Civil Veterinary Department Bengal reports 1923-33 - 1923-1933
Year: 1923
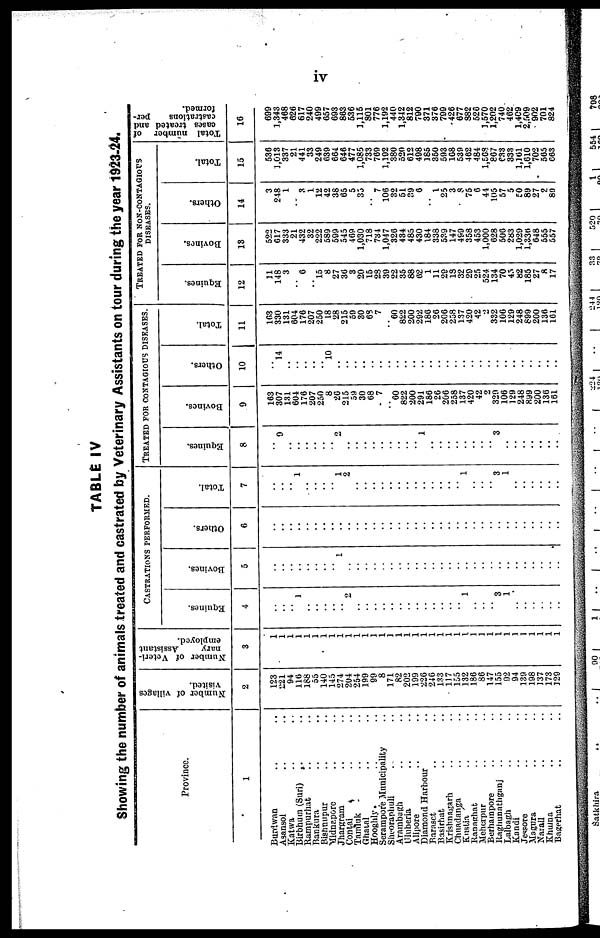
iv
TABLE IV
Showing the number of animals treated and castrated by Veterinary Assistants on tour during the year 1923-24.
Province.
1
Burdwan ..
Asansol ..
Katwa ..
Birbhum (Suri) ..
Rampurhat ..
Bankura ..
Bishnupur ..
Midnapore ..
Jhargram ..
Contai ..
Tamluk ..
Ghatal ..
Hooghly ..
Serampore Municipality
Sheoraphuli ..
Arambagh ..
Uluberia ..
Alipore ..
Diamond Harbour
Baraset ..
Basirhat ..
Krishnagarh ..
Chuadanga ..
Kustia ..
Ranaghat ..
Meherpur ..
Berhampore ..
Raghunathganj
..
Lalbagh ..
Kandi ..
Jessore ..
Magura ..
Narail ..
Khulna ..
Bagerhat ..
..
..
..
..
..
..
..
..
..
..
..
..
..
..
..
..
..
..
..
..
..
..
..
..
..
..
..
..
..
..
..
..
..
..
..
Number of villages
Visited.
2
123
221
94
116
188
55
140
145
274
204
254
199
99
8
171
82
202
199
226
246
133
117
155
132
186
86
147
155
92
94
139
198
137
173
129
Number of Veteri-
nary
Assistant
employed.
3
1
1
1
1
1
1
1
1
1
1
1
1
1
1
1 1
1
1
1
1
1
1
1
1
1
1
1
1
1
1
1
1
1
1
1
CASTRATIONS PERFORMED.
Equines.
4
..
..
..
1
..
..
..
..
..
2
..
..
..
..
..
..
..
..
..
..
..
..
..
1
..
..
..
3
1
..
..
..
..
..
..
Bovines.
5
..
..
..
..
..
..
..
..
1
..
..
..
..
..
..
..
..
..
..
..
..
..
..
..
..
..
..
..
..
..
..
..
..
..
..
Others.
6
..
..
..
..
..
..
..
..
..
..
..
..
..
..
..
..
..
..
..
..
..
..
..
..
..
..
..
..
..
..
..
..
..
..
..
Total.
7
..
..
..
1
..
..
..
..
1
2
..
..
..
..
..
..
..
..
..
..
..
..
..
1
..
..
..
3
1
..
..
..
..
..
..
TREATED FOR CONTAGIOUS DISEASES.
Equines.
8
..
9
..
..
..
..
..
..
2
..
..
..
..
..
..
..
..
..
1
..
..
..
..
..
..
..
..
3
..
..
..
..
..
..
..
Bovines.
9
163
307
131
604
176
207
250
8
26
215
59
30
68
7
.. 60
822
200
291
186
26
206
258
137
420
42
2
329
106
129
248
899
200
136
161
Others.
10
..
14
..
..
..
..
.. 10
..
..
..
..
..
..
..
..
..
..
..
..
..
..
..
..
..
..
..
..
..
..
..
..
..
..
..
Total.
11
163
330
131
604
176
207
250
18
28
215
59
30
63
7
.. 60
822
200
292
186
26
206
258
137
420
42
2
332
106
129
248
899
200
136
161
TREATED FOR NON-CONTAGIOUS
DISEASES.
Equines.
12
11
148
3
..
6
.. 15
8
27
36
3
20
15
28
39
22
35
88
62
1
11
29
18 32
29
25
524
134
70
45
82
185
27
8
17
Bovines.
13
522
617
333
21
432
32
222
589
599
545
469
1,030
718
734
1,047
326
434
485
430
184
338
539
147
499
358
453
1,000
628
506
283
1,029
1,336
648
555
557
Others.
14
3
248
1
..
3
1
12
42
38
65
5
35
..
7
106
32
51
39
6
..
1
25
3
8
75
6
44
105
57
5
50
89
27
2
89
Total.
15
536
1,013
337
21
441
33
249
639
664
646
477
1,085
733
769
1,192
380
520
612
498
185
350
593
108
539
462
484
1,508
867
633
333
1,161
1,610
702
565
663
Total number of
cases treated and
castrations
per-
formed.
16
699
1,343
468
626
617
240
499
657
693
863
536
1,115
801
776
1,192
440
1,342
812
790
371
376
799
426
677
882
526
1,570
1,202
740
462
1,409
2,509
902
701
824